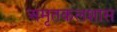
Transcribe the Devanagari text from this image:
अमृतकलशास